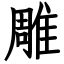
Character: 雕